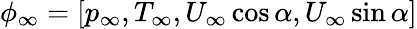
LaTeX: \phi_{\infty}=[p_{\infty},T_{\infty},U_{\infty}\cos\alpha,U_{\infty}\sin\alpha]